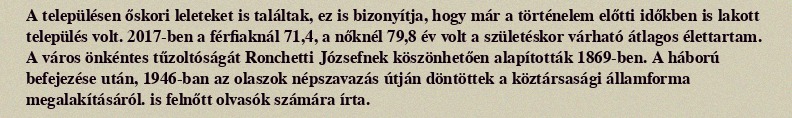
A településen őskori leleteket is találtak, ez is bizonyítja, hogy már a történelem előtti időkben is lakott település volt. 2017-ben a férfiaknál 71,4, a nőknél 79,8 év volt a születéskor várható átlagos élettartam. A város önkéntes tűzoltóságát Ronchetti Józsefnek köszönhetően alapították 1869-ben. A háború befejezése után, 1946-ban az olaszok népszavazás útján döntöttek a köztársasági államforma megalakításáról. is felnőtt olvasók számára írta.